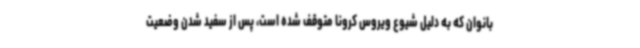
بانوان که به دلیل شیوع ویروس کرونا متوقف شده است، پس از سفید شدن وضعیت